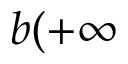
b ( + \infty